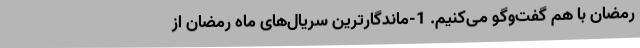
رمضان با هم گفت‌وگو می‌کنیم. 1-ماندگارترین سریال‌های ماه رمضان از